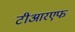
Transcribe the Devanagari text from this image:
टीआरएफ